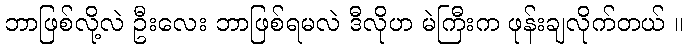
ဘာဖြစ်လို့လဲ ဦးလေး ဘာဖြစ်ရမလဲ ဒီလိုဟ မဲကြီးက ဖုန်းချလိုက်တယ် ။